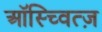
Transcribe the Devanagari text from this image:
ऑस्च्वित्ज़